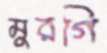
মুরগি